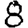
Digit: 8